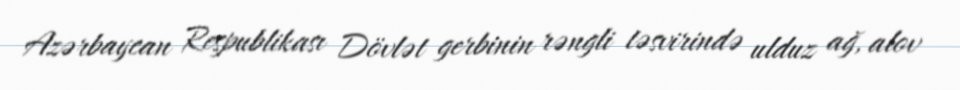
Azərbaycan Respublikası Dövlət gerbinin rəngli təsvirində ulduz ağ, alov